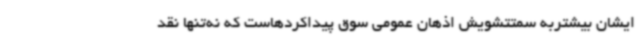
ایشان بیشتربه سمتتشویش اذهان عمومی سوق پیداکردهاست که نه‌تنها نقد